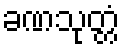
ခဏသုတ္တံ